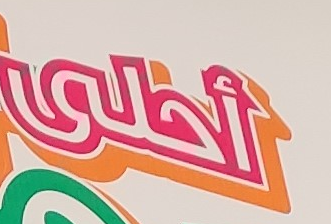
أحلى